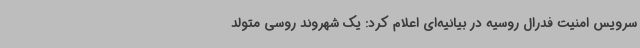
سرویس امنیت فدرال روسیه در بیانیه‌ای اعلام کرد: یک شهروند روسی متولد